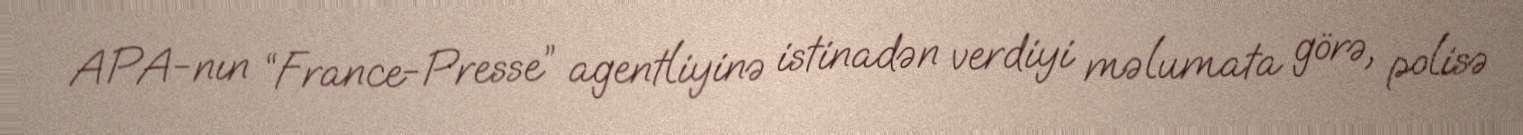
APA-nın “France-Presse” agentliyinə istinadən verdiyi məlumata görə, polisə